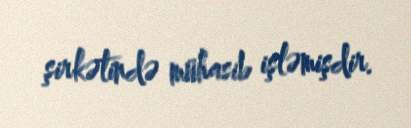
şirkətində mühasib işləmişdir.